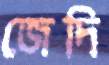
জেদি